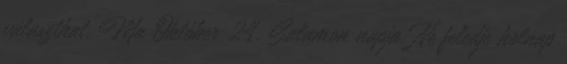
választhat. Ma Október 24. Salamon napja. Ne feledje holnap